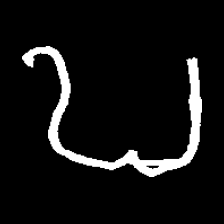
Pyu character \u2014 Myanmar letter: ဎ (romanized: ddha)